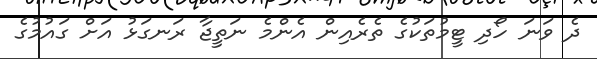
ދެ ވަނަ ހޯދި ޓީމުތަކުގެ ތެރެއިން އެންމެ ނަތީޖާ ރަނގަޅު އަށް ގައުމުގެ